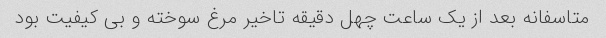
متاسفانه بعد از یک ساعت چهل دقیقه تاخیر مرغ سوخته و بی کیفیت بود